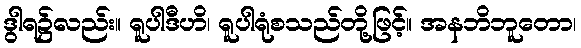
ဒွါရ၌လည်း။ ရူပါဒီဟိ၊ ရူပါရုံစသည်တို့ဖြင့်။ အနဘိဘူတော၊